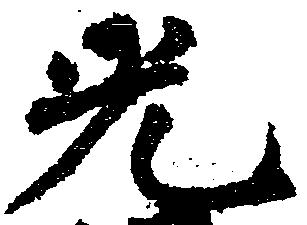
光